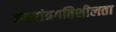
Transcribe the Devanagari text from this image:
जठरांत्रगतिशीलता